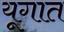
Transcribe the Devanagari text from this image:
यूगात